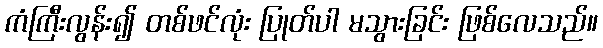
ကံကြီးလွန်း၍ တစ်ဖင်လုံး ပြုတ်ပါ မသွားခြင်း ဖြစ်လေသည်။